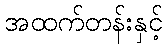
အထက်တန်းနှင့်